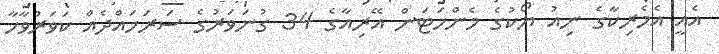
އެއީ އެމެރިކާގެ ނިއު ޔޯކުގެ މެންހަަޓަން އޭރިއާގެ 34 ގުނަަވަރުގެ ސަރަހައްދެއް ކަަވަރުވާހާ